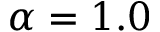
\alpha = 1 . 0